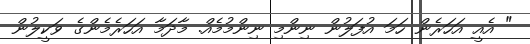
" އެއީ އަހަރެން ހަމަ އުފަލުން ނިންމި ނިންމުމެއް. މާދަމާ އަހަރެމެންގެ ވަކީލުން